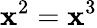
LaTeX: \mathbf{x}^{2}=\mathbf{x}^{3}